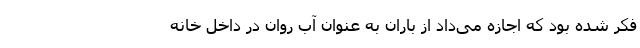
فکر شده بود که اجازه می‌داد از باران به عنوان آب روان در داخل خانه